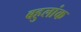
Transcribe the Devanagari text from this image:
बहुलांक